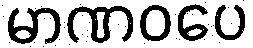
မာဏဝပေ